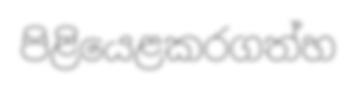
පිළියෙළකරගත්හ